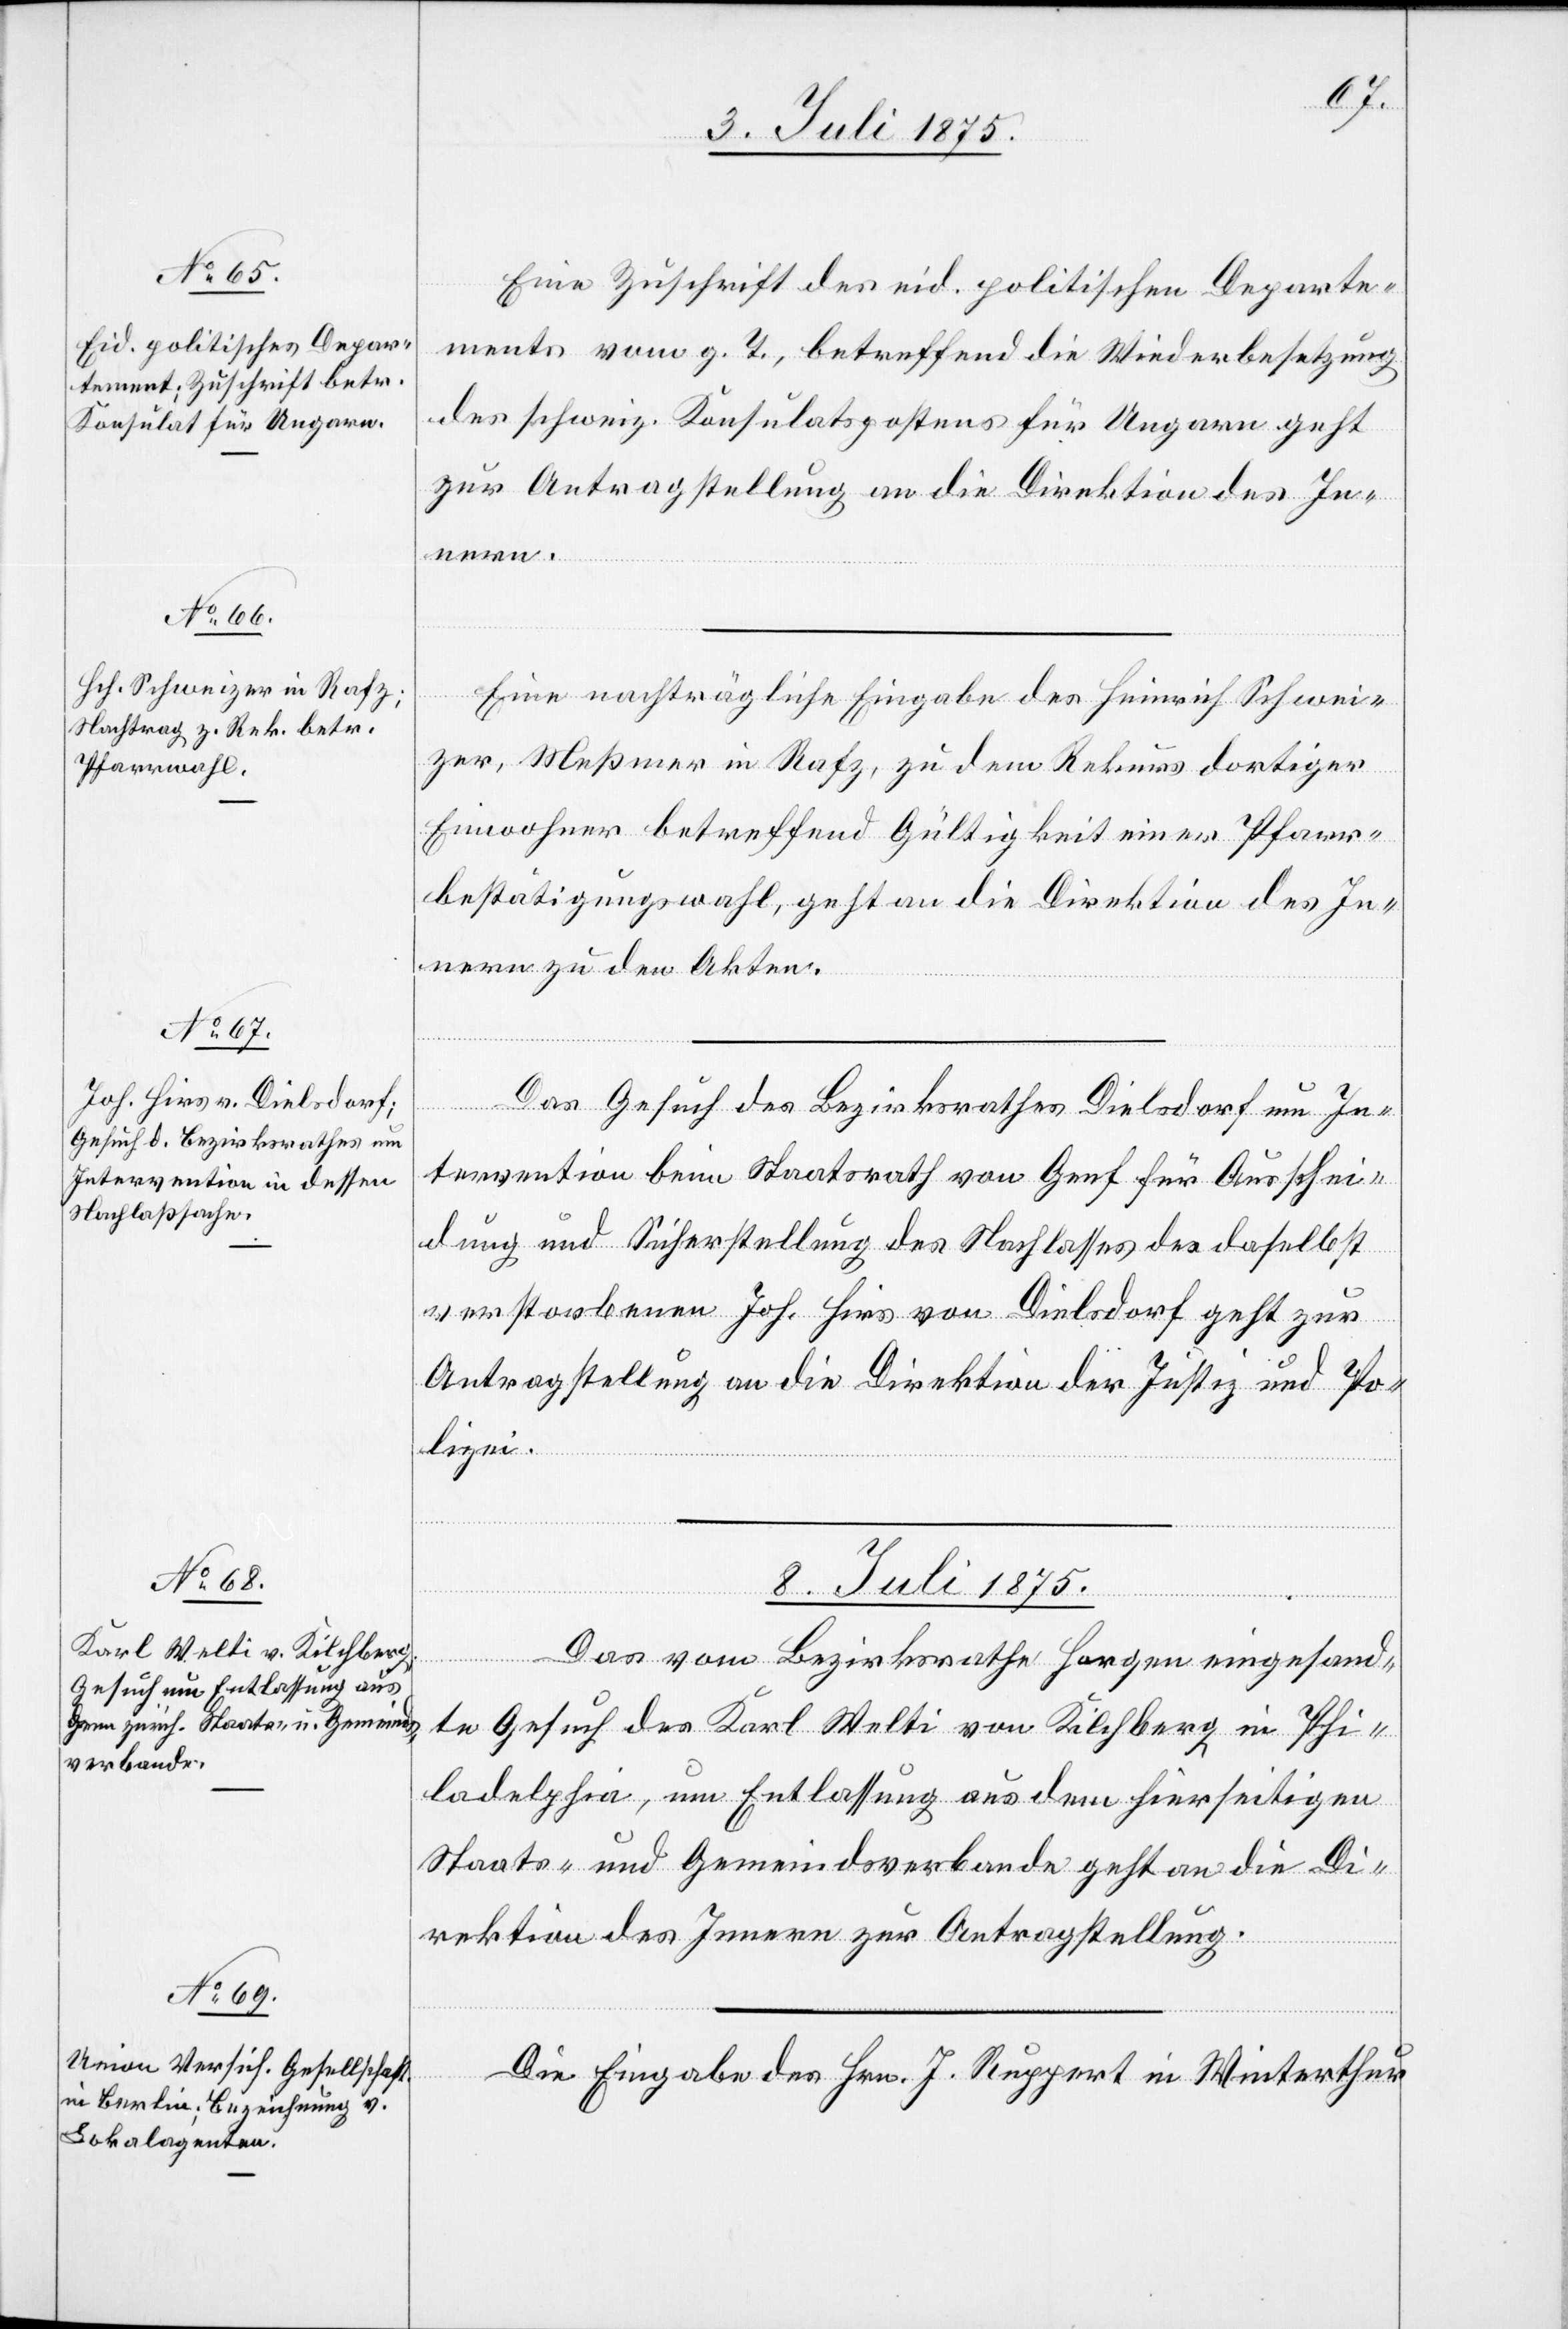
Eine Zuschrift des eid. politischen Departe¬
mentes vom g. T., betreffend die Wiederbesetzung
des schweiz. Konsulatspostens für Ungarn geht
zur Antragstellung an die Direktion des In¬
[Präsi¬
Eine nachträgliche Eingabe des Heinrich Schwei¬
zer, Meßmer in Rafz, zu dem Rekurs dortiger
Einwohner betreffend Gültigkeit einer Pfarr¬
bestätigungswahl, geht an die Direktion des In¬
nern zu den Akten.
Das
Das Gesuch des Bezirksrathes Dielsdorf um In¬
tervention beim Staatsrath von Genf für Ausschei¬
dung und Sicherstellung des Nachlasses des daselbst
verstorbenen Joh. Hirs von Dielsdorf geht zur
Antragstellung an die Direktion der Justiz und Po¬
lizei.
Winterthur
8. Juli 1875.]
Die
te Gesuch des Karl Welti von Kilchberg in Phi¬
ladelphia, um Entlassung aus dem hierseitigen
Staats- und Gemeindsverbande geht an die Di¬
rektion des Innern zur Antragstellung.